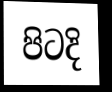
පිටදි